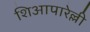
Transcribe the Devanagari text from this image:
शिआपारेल्ली